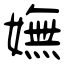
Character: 嫵